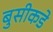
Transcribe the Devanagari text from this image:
बुसीकडे